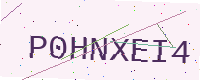
Text: P0HNXEI4